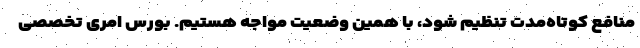
منافع کوتاه‌مدت تنظیم شود، با همین وضعیت مواجه هستیم. بورس امری تخصصی